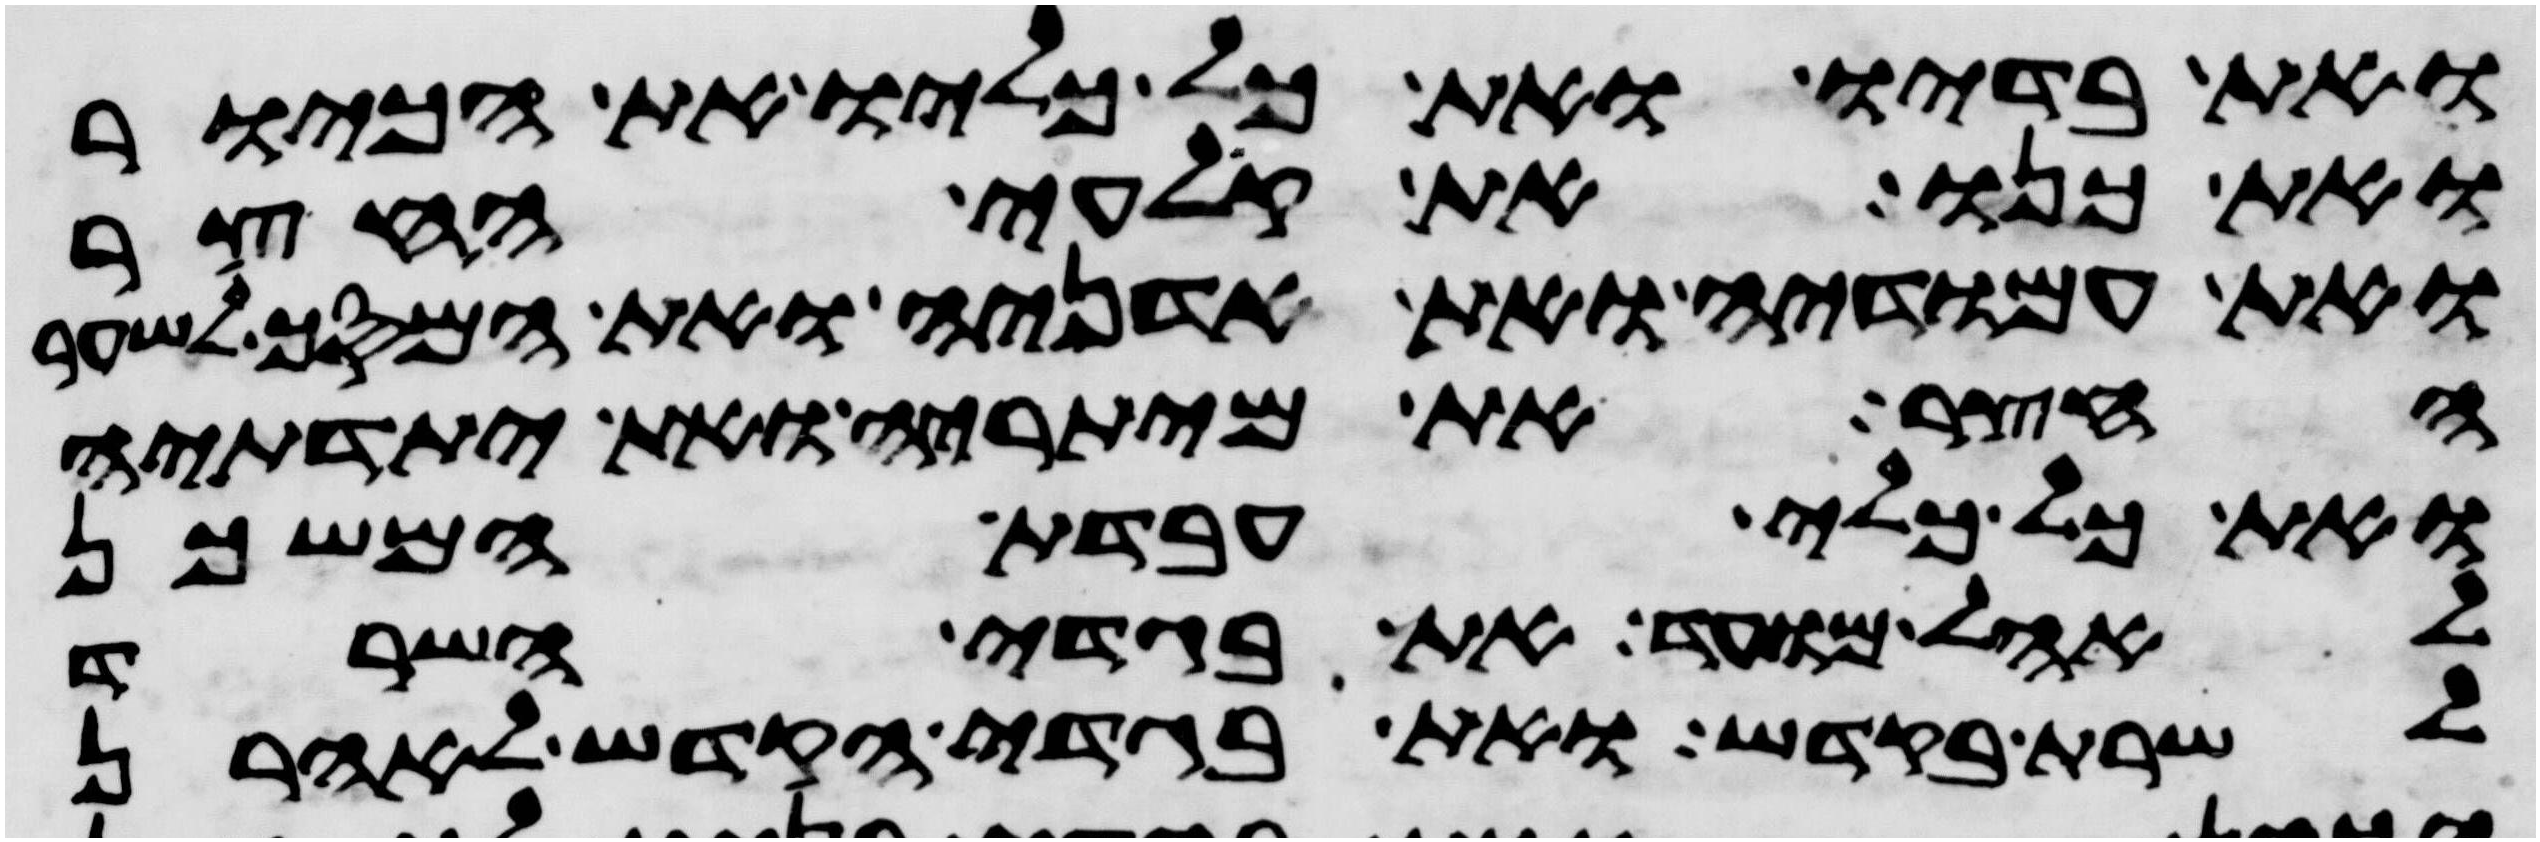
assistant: ואת בדיו ואת כל כליו את הכיור
ואת כנו את קלעי החצר
ואת עמודיה ואת אדניה ואת המסך לשער
החצר את מיתריה ואת יתדתיה
ואת כל כלי עבדת המשכן
לאהל מועד את בגדי השרד
לשרת בקדש ואת בגדי הקדש לאהרן